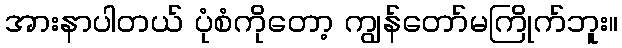
အားနာပါတယ် ပုံစံကိုတော့ ကျွန်တော်မကြိုက်ဘူး။